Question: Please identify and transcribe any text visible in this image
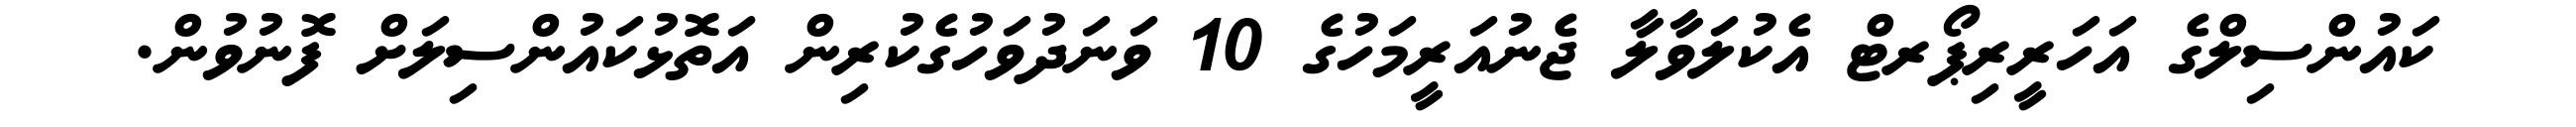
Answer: ކައުންސިލްގެ އަހަރީރިޕޯރޓް އެކުލަވާލާ ޖެނުއަރީމަހުގެ 10 ވަނަދުވަހުގެކުރިން އަތޮޅުކައުންސިލަށް ފޮނުވުން.